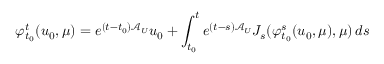
\varphi _ { t _ { 0 } } ^ { t } ( u _ { 0 } , \mu ) = e ^ { ( t - t _ { 0 } ) \mathcal { A } _ { U } } u _ { 0 } + \int _ { t _ { 0 } } ^ { t } e ^ { ( t - s ) \mathcal { A } _ { U } } J _ { s } ( \varphi _ { t _ { 0 } } ^ { s } ( u _ { 0 } , \mu ) , \mu ) \, d s